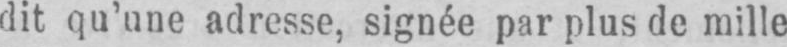
dit qu’une adresse, signée par plus de mille